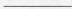
___